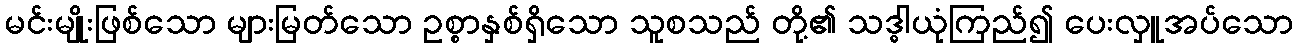
မင်းမျိုးဖြစ်သော များမြတ်သော ဥစ္စာနှစ်ရှိသော သူစသည် တို့၏ သဒ္ဓါယုံကြည်၍ ပေးလှူအပ်သော